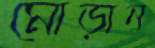
মোড়ান